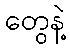
တွေနဲ့